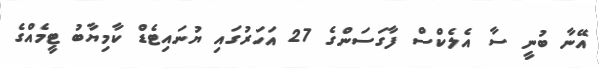
އޭނާ ބުނީ ސާ އެލެކްސް ފާގަސަންގެ 27 އަހަރުގައި ޔުނައިޓެޑް ކާމިޔާބު ޓީމެއްގެ